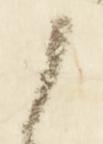
候